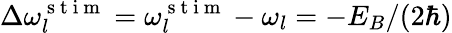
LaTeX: \Delta\omega_{l}^{\mathrm{~s~t~i~m~}}=\omega_{l}^{\mathrm{~s~t~i~m~}}-\omega_{l}=-E_{B}/(2\hbar)